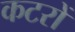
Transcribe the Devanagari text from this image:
कटरों